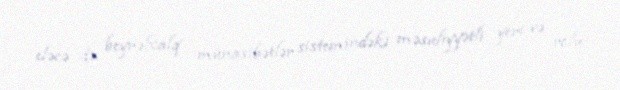
eləcə də, beynəlxalq münasibətlər sistemindəki məsuliyyətli yeri və rolu